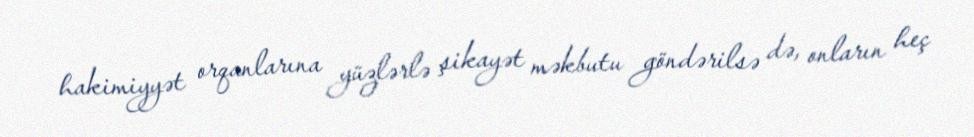
hakimiyyət orqanlarına yüzlərlə şikayət məkbutu göndərilsə də, onların heç